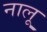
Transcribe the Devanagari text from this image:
नालू